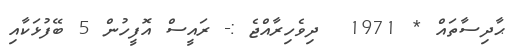
ޙާދިސާތައް * 1971  ދިވެހިރާއްޖެ :- ރައީސް އޮފީހުން 5 ބޭފުޅަކާއި